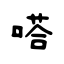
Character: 嗒